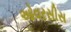
ઓવરસીસ